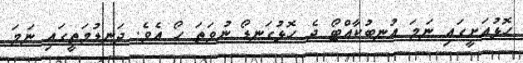
ހޮޅުއަށީގައި ނަމަ އުނބުކާއްޓޯ ދެ ހޮޅުގަނޑޯ ނުވަތަ ހޯ އެވެ. ދަނޑުމަތީގައި ނަމަ